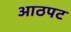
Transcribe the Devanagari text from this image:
आठपट